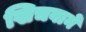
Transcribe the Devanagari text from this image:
खिचवाने